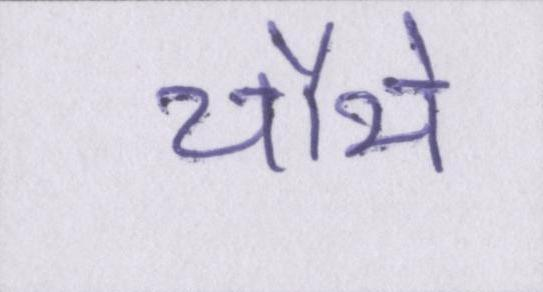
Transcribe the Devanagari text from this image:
चौथे